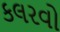
કલરવો